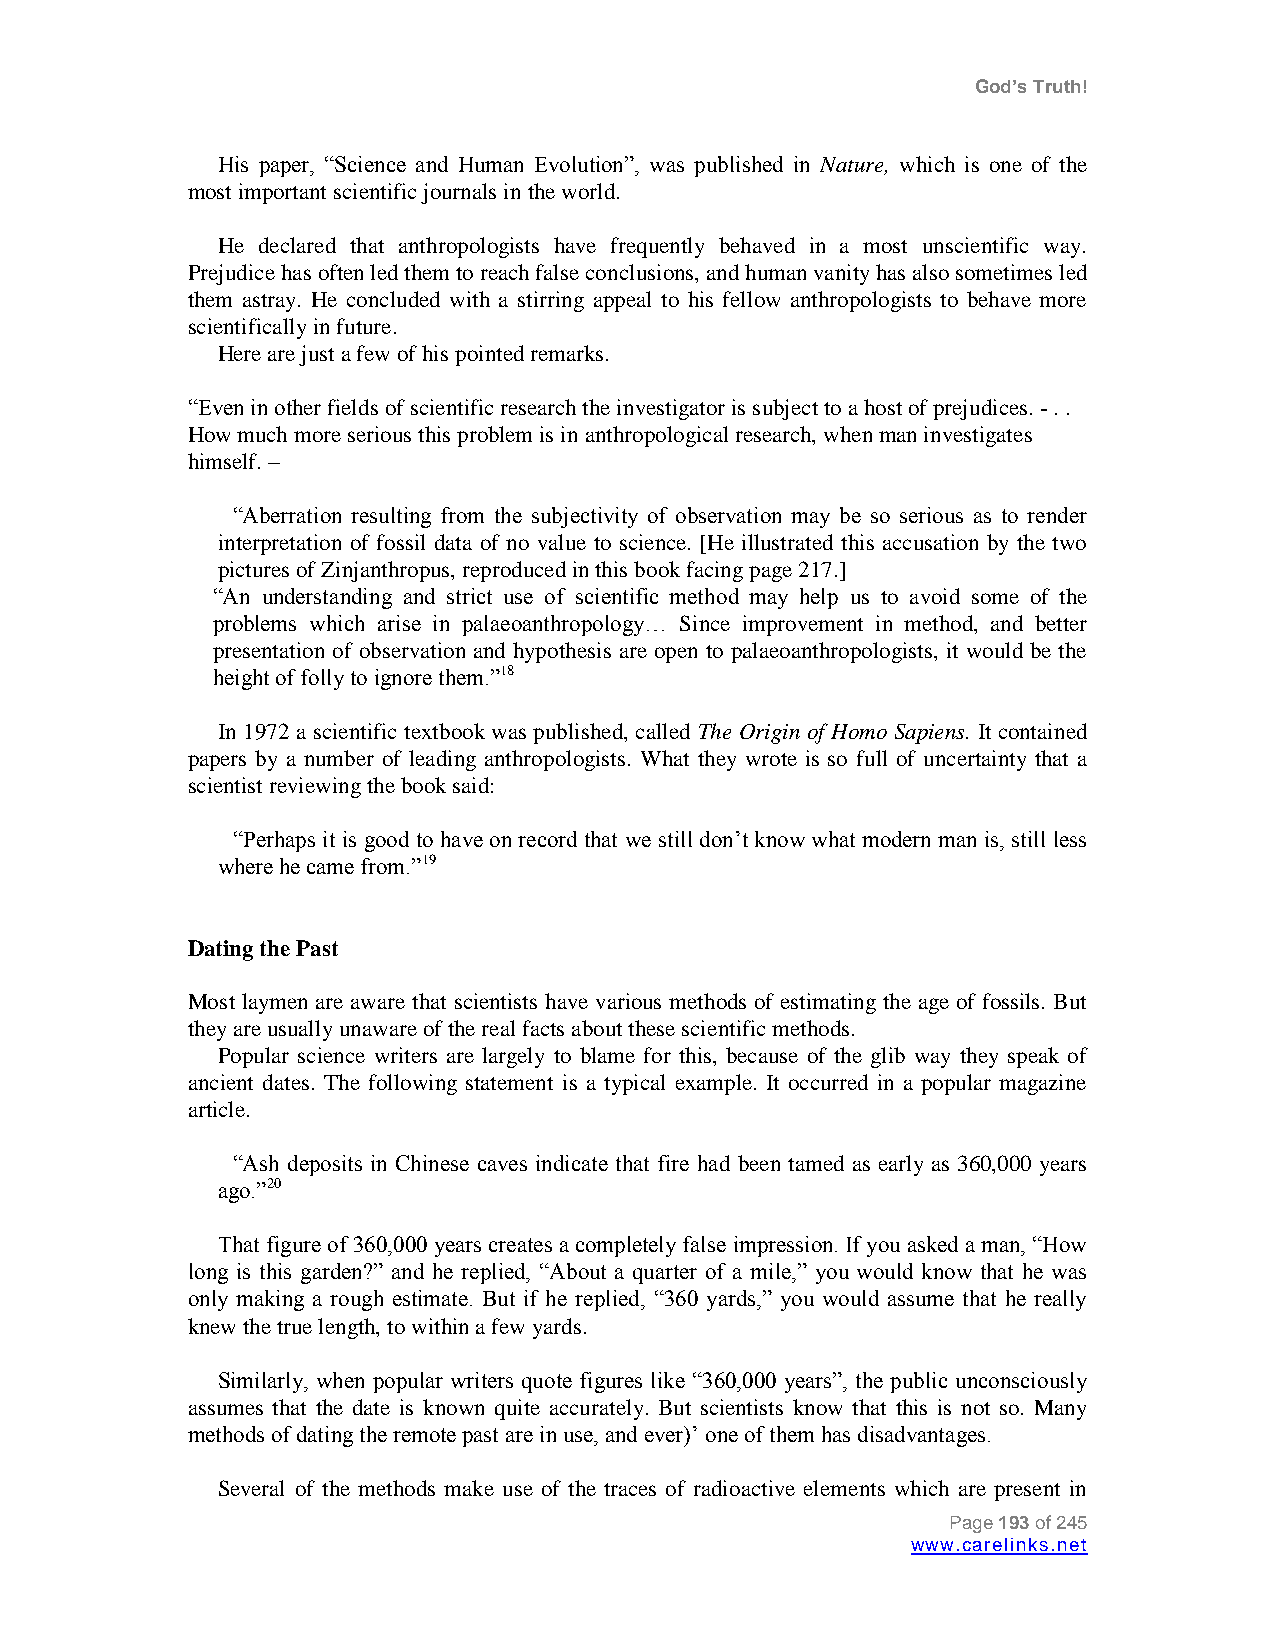
God’s Truth!
 His paper, “Science and Human Evolution”, was published in Nature, which is one of the
 most important scientific journals in the world.
 He declared that anthropologists have frequently behaved in a most unscientific way.
 Prejudice has often led them to reach false conclusions, and human vanity has also sometimes led
 them astray. He concluded with a stirring appeal to his fellow anthropologists to behave more
 scientifically in future.
 Here are just a few of his pointed remarks.
 “Even in other fields of scientific research the investigator is subject to a host of prejudices. - . .
 How much more serious this problem is in anthropological research, when man investigates
 himself. –
 “Aberration resulting from the subjectivity of observation may be so serious as to render
 interpretation of fossil data of no value to science. [He illustrated this accusation by the two
 pictures of Zinjanthropus, reproduced in this book facing page 217.]
 “An understanding and strict use of scientific method may help us to avoid some of the
 problems which arise in palaeoanthropology… Since improvement in method, and better
 presentation of observation and hypothesis are open to palaeoanthropologists, it would be the
 height of folly to ignore them.”18
 In 1972 a scientific textbook was published, called The Origin of Homo Sapiens. It contained
 papers by a number of leading anthropologists. What they wrote is so full of uncertainty that a
 scientist reviewing the book said:
 “Perhaps it is good to have on record that we still don‟t know what modern man is, still less
 where he came from.”19
 Dating the Past
 Most laymen are aware that scientists have various methods of estimating the age of fossils. But
 they are usually unaware of the real facts about these scientific methods.
 Popular science writers are largely to blame for this, because of the glib way they speak of
 ancient dates. The following statement is a typical example. It occurred in a popular magazine
 article.
 “Ash deposits in Chinese caves indicate that fire had been tamed as early as 360,000 years
 ago.”20
 That figure of 360,000 years creates a completely false impression. If you asked a man, “How
 long is this garden?” and he replied, “About a quarter of a mile,” you would know that he was
 only making a rough estimate. But if he replied, “360 yards,” you would assume that he really
 knew the true length, to within a few yards.
 Similarly, when popular writers quote figures like “360,000 years”, the public unconsciously
 assumes that the date is known quite accurately. But scientists know that this is not so. Many
 methods of dating the remote past are in use, and ever)‟ one of them has disadvantages.
 Several of the methods make use of the traces of radioactive elements which are present in
 Page 193 of 245
 www.carelinks.net